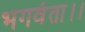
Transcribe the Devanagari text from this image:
भगवंता।।